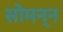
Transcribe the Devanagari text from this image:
सोमन्न